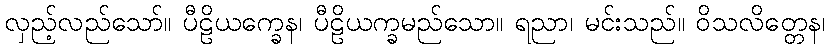
လှည့်လည်သော်။ ပီဠိယက္ခေန၊ ပီဠိယက္ခမည်သော။ ရညာ၊ မင်းသည်။ ဝိသလိတ္တေန၊